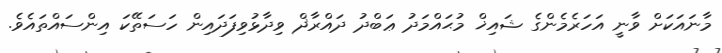
މާނައަކަށް ވާނީ އަހަރެމެންގެ ޝައިޚް މުޙައްމަދު ޢަބްދު ދައްރާޛް ވިދާޅުވިފަދައިން ހަސަތޭކަ އިންސައްތައެވެ.